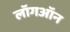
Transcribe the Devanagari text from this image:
लॉगऑन